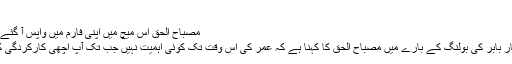
‘
Image caption مصباح الحق اس میچ میں اپنی فارم میں واپس آ گئے
لیفٹ آرم اسپنر ذوالفقار بابر کی بولنگ کے بارے میں مصباح الحق کا کہنا ہے کہ عمر کی اس وقت تک کوئی اہمیت نہیں جب تک آپ اچھی کارکردگی کا مظاہرہ کرتے ہیں۔